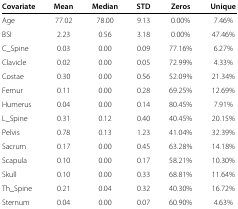
| Covariate | Mean | Median | STD | Zeros | Unique |
 | --- | --- | --- | --- | --- | --- |
 | Age | 77.02 | 78.00 | 9.13 | 0.00% | 7.46% |
 | BSI | 2.23 | 0.56 | 3.18 | 0.00% | 47.46% |
 | C_Spine | 0.03 | 0.00 | 0.09 | 77.16% | 6.27% |
 | Clavicle | 0.02 | 0.00 | 0.05 | 72.99% | 4.33% |
 | Costae | 0.30 | 0.00 | 0.56 | 52.09% | 21.34% |
 | Femur | 0.11 | 0.00 | 0.28 | 69.25% | 12.69% |
 | Humerus | 0.04 | 0.00 | 0.14 | 80.45% | 7.91% |
 | L_Spine | 0.31 | 0.12 | 0.40 | 40.45% | 20.15% |
 | Pelvis | 0.78 | 0.13 | 1.23 | 41.04% | 32.39% |
 | Sacrum | 0.17 | 0.00 | 0.45 | 63.28% | 14.18% |
 | Scapula | 0.10 | 0.00 | 0.17 | 58.21% | 10.30% |
 | Skull | 0.10 | 0.00 | 0.33 | 68.81% | 11.64% |
 | Th_Spine | 0.21 | 0.04 | 0.32 | 40.30% | 16.72% |
 | Sternum | 0.04 | 0.00 | 0.07 | 60.90% | 4.63% |